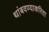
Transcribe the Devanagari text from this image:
थांबवण्याकरिता